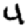
Digit: 4